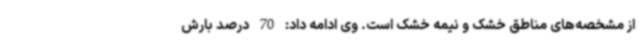
از مشخصه‌های مناطق خشک و نیمه خشک است. وی ادامه داد: 70 درصد بارش